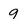
Character: 9